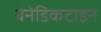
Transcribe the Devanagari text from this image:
बेनेडिकटाइन